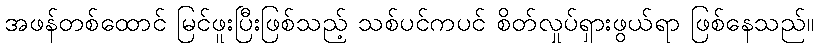
အဖန်တစ်ထောင် မြင်ဖူးပြီးဖြစ်သည့် သစ်ပင်ကပင် စိတ်လှုပ်ရှားဖွယ်ရာ ဖြစ်နေသည်။